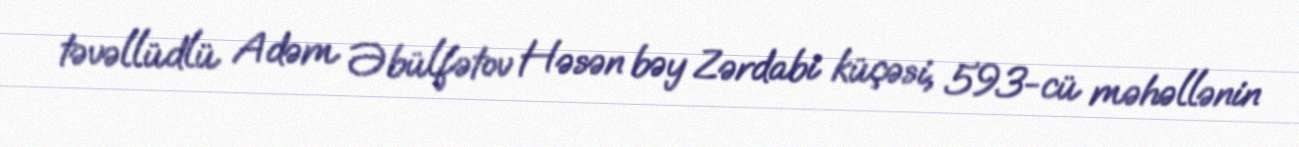
təvəllüdlü Adəm Əbülfətov Həsən bəy Zərdabi küçəsi, 593-cü məhəllənin